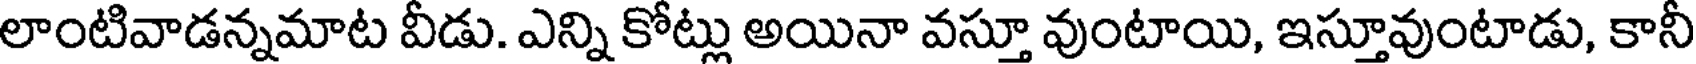
లాంటివాడన్నమాట వీడు. ఎన్ని కోట్లు అయినా వస్తూ వుంటాయి, ఇస్తూవుంటాడు, కానీ